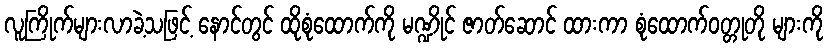
လူကြိုက်များလာခဲ့သဖြင့် နောင်တွင် ထိုစုံထောက်ကို မဏ္ဍိုင် ဇာတ်ဆောင် ထားကာ စုံထောက်ဝတ္တုတို များကို